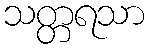
သတ္တရသာ